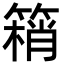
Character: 䈾